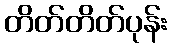
တိတ်တိတ်ပုန်း